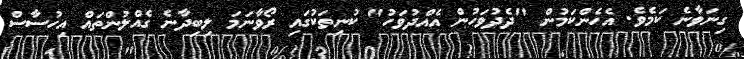
ގިނަވާނެ ކަމެވެ. އެހެންކަމުން "ދެދުވަހުން އެއްދުވަހު" ކުނިތަކުގައި ރޯވާނަމަ ލިބިދާނެ ގެއްލުންތައް އިހުސާސް